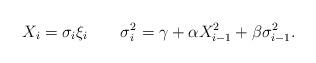
LaTeX: \begin{align*} X_i = \sigma_i \xi_i \qquad \sigma_i^2 = \gamma + \alpha X_{i-1}^2 + \beta \sigma_{i-1}^2.\end{align*}